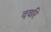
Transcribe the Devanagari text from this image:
दवरि